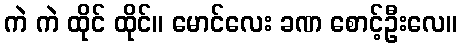
ကဲ ကဲ ထိုင် ထိုင်။ မောင်လေး ခဏ စောင့်ဦးလေ။